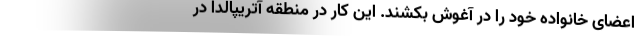
اعضای خانواده خود را در آغوش بکشند. این کار در منطقه آتریپالدا در